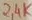
Text: 2,4K